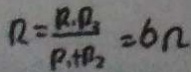
R = \frac { R _ { 1 } R _ { 2 } } { R _ { 1 } + R _ { 2 } } = 6 \Omega